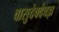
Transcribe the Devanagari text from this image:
वासुदेवदैवज्ञ